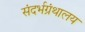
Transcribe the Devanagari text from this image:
संदर्भग्रंथालय